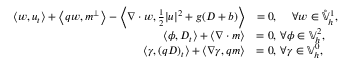
\begin{array} { r l } { \left\langle w , u _ { t } \right\rangle + \left\langle q w , m ^ { \perp } \right\rangle - \left\langle \nabla \cdot w , \frac { 1 } { 2 } | u | ^ { 2 } + g ( D + b ) \right\rangle } & { = 0 , \, \quad \forall w \in \mathring { \mathbb { V } } _ { h } ^ { 1 } , } \\ { \left\langle \phi , D _ { t } \right\rangle + \left\langle \nabla \cdot m \right\rangle } & { = 0 , \, \forall \phi \in \mathbb { V } _ { h } ^ { 2 } , } \\ { \left\langle \gamma , ( q D ) _ { t } \right\rangle + \left\langle \nabla \gamma , q m \right\rangle } & { = 0 , \, \forall \gamma \in \mathbb { V } _ { h } ^ { 0 } , } \end{array}